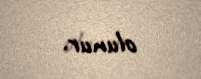
olunur.